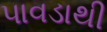
પાવડાથી